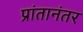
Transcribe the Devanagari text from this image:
प्रांतानंतर